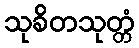
သုခိတသုတ္တံ